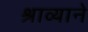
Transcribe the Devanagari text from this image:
श्राव्याने